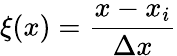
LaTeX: \xi(x)=\frac{x-x_{i}}{\Delta x}